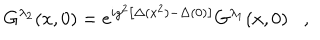
G ^ { \lambda _ { 2 } } ( x , 0 ) = e ^ { i g ^ { 2 } \left[ \Delta ( x ^ { 2 } ) - \Delta ( 0 ) \right] } G ^ { \lambda _ { 1 } } ( x , 0 ) ,